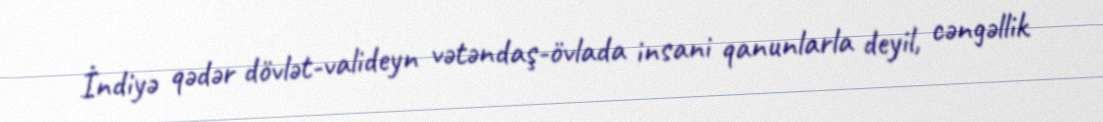
İndiyə qədər dövlət-valideyn vətəndaş-övlada insani qanunlarla deyil, cəngəllik